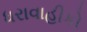
ધરાવાહીકો